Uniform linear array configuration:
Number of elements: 4
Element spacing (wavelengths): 0.75
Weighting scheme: exponential
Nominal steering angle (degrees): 45
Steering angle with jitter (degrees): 44.299
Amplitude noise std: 0.05
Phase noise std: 0.05

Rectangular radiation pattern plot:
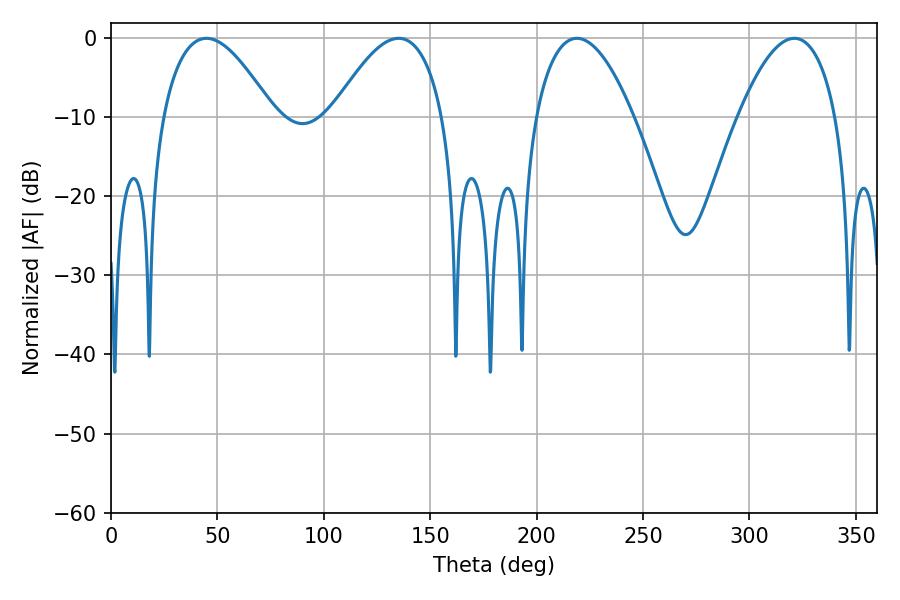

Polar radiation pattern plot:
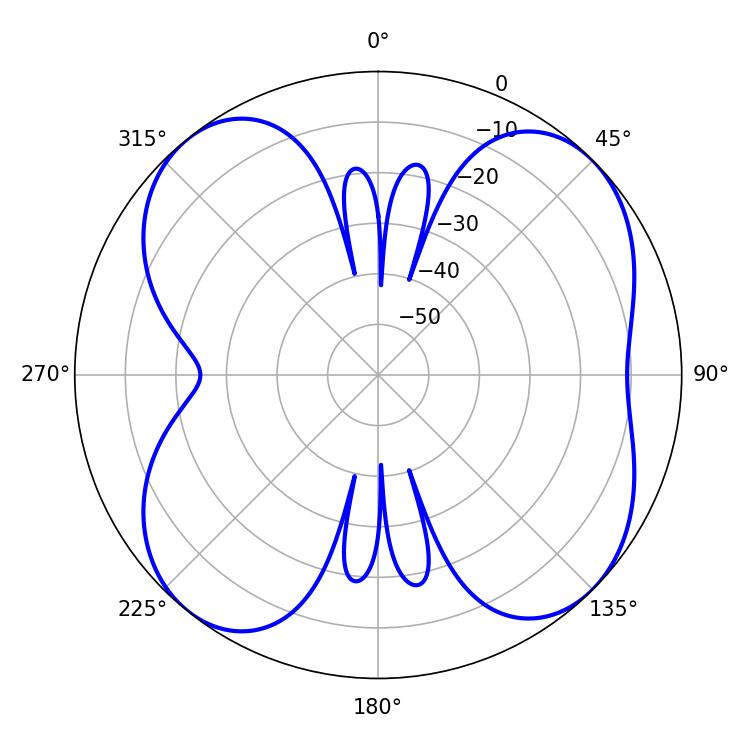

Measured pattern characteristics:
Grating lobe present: TRUE
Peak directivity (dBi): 10.107
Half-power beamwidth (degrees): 28.62
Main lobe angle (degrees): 44.82